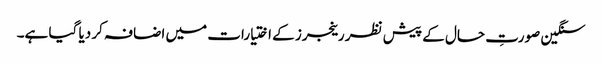
سنگین صورتِ حال کے پیش نظر رینجرز کے اختیارات میں اضافہ کر دیا گیا ہے۔